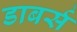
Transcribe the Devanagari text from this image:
डाबर्स